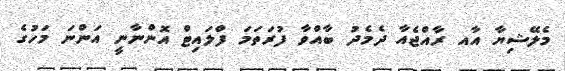
މެލޭޝިޔާ އާއ ރާއްޖެއާ ދެމެދު ބާއްވާ ފުރަތަމަ ފްލައިޓް އޮންނާނީ އަންނަ މަހުގެ